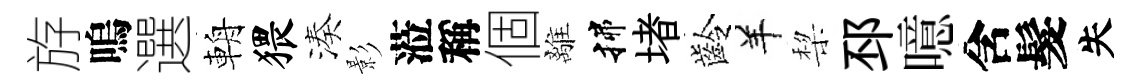
斿嗚選輈猥湊影蒞稱個離揲堵齡羊棃邳噫含髮失